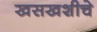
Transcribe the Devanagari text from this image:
खसखशीचे